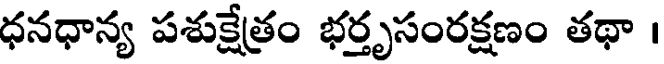
ధనధాన్య పశుక్షేత్రం భర్తృసంరక్షణం తథా ।